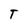
Character: T